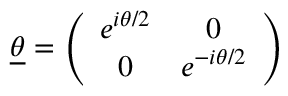
\underline { { { \theta } } } = \left( \begin{array} { c c } { { e ^ { i \theta / 2 } } } & { { 0 } } \\ { { 0 } } & { { e ^ { - i \theta / 2 } } } \end{array} \right)